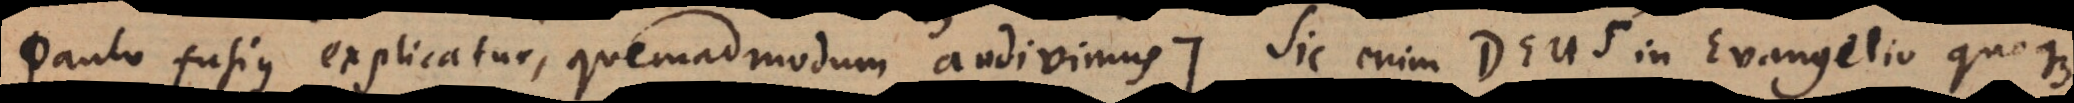
paulo fusius explicatur, quemadmodum audivimus:). Sic enim Deus in Evangelio quoqu